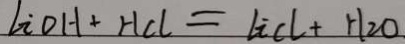
l i o H + H C l = l i C l + H _ { 2 } O